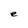
Character: e